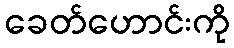
ခေတ်ဟောင်းကို